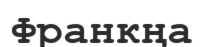
Франкңа